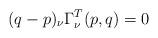
LaTeX: \begin{align*}(q-p)_\nu\Gamma^T_\nu(p,q) = 0\end{align*}